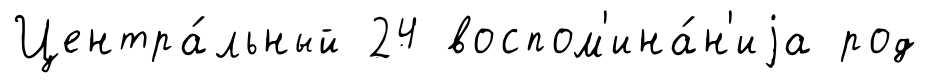
Центра́льный 24 воспом'ина́н'иjа род